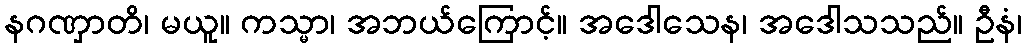
နဂဏှာတိ၊ မယူ။ ကသ္မာ၊ အဘယ်ကြောင့်။ အဒေါသေန၊ အဒေါသသည်။ ဦနံ၊